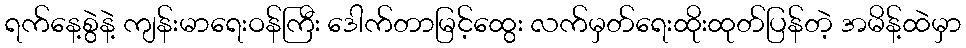
ရက်နေ့စွဲနဲ့ ကျန်းမာရေးဝန်ကြီး ဒေါက်တာမြင့်ထွေး လက်မှတ်ရေးထိုးထုတ်ပြန်တဲ့ အမိန့်ထဲမှာ